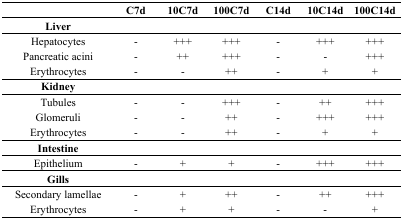
|  | C7d | 10C7d | 100C7d | C14d | 10C14d | 100C14d |
 | --- | --- | --- | --- | --- | --- | --- |
 | Liver |  |  |  |  |  |  |
 | Hepatocytes | - | +++ | +++ | - | +++ | +++ |
 | Pancreatic acini | - | ++ | +++ | - | - | +++ |
 | Erythrocytes | - | - | ++ | - | + | + |
 | Kidney |  |  |  |  |  |  |
 | Tubules | - | - | +++ | - | ++ | +++ |
 | Glomeruli | - | - | ++ | - | +++ | +++ |
 | Erythrocytes | - | - | ++ | - | + | + |
 | Intestine |  |  |  |  |  |  |
 | Epithelium | - | + | + | - | +++ | +++ |
 | Gills |  |  |  |  |  |  |
 | Secondary lamellae | - | + | ++ | - | ++ | +++ |
 | Erythrocytes | - | + | + | - | - | + |